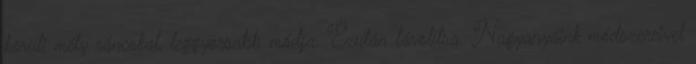
körüli mély ráncokat, leggyorsabb módja. Ezután távolítsa. Nagyanyáink módszereivel